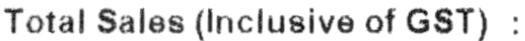
TOTAL SALES (INCLUSIVE OF GST) :